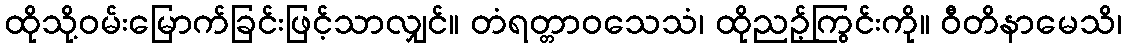
ထိုသို့ဝမ်းမြောက်ခြင်းဖြင့်သာလျှင်။ တံရတ္တာဝသေသံ၊ ထိုညဉ့်ကြွင်းကို။ ဝီတိနာမေသိ၊